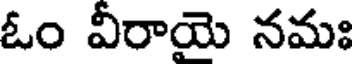
ఓం వీరాయె నమః